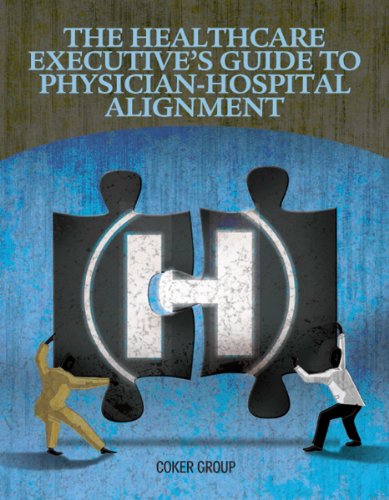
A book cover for The Healthcare Executive's Guide to Physician-Hospital Alignment; HCPro Inc.; Medical Books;